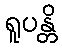
ရူပန္တိ